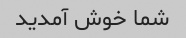
شما خوش آمدید